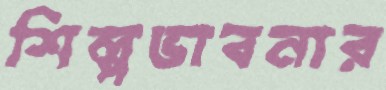
শিল্পভাবনার